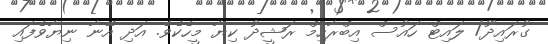
ގުރައިދޫ/ ލައިޓް ހައުސް އިބްރާހިމް ރަޝީދު ކިޔާ މީހެކެވެ. އަދި އޭނާ ނިޔާވެފައި